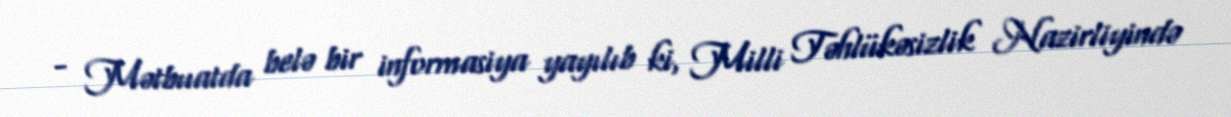
- Mətbuatda belə bir informasiya yayılıb ki, Milli Təhlükəsizlik Nazirliyində